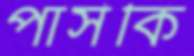
পার্সকি